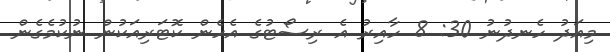
މިއަދު ހެނދުނު 30: 8 ހާއިރު އެ ރިސޯޓުގެ އެހެން ކޮޓަރިއަކުން ނުކުމެގެން